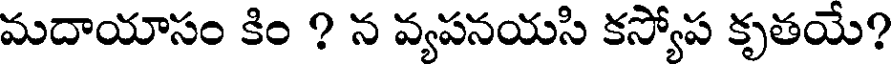
మదాయాసం కిం ? న వ్యపనయసి కస్యోప కృతయే?